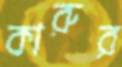
কারুর